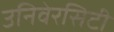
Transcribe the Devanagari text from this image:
उनिवेरसिटी